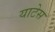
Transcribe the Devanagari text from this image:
याटेस